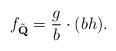
LaTeX: \begin{align*}f_{\tilde{\textbf{Q}}}=\frac{g}{b}\cdot(bh).\end{align*}